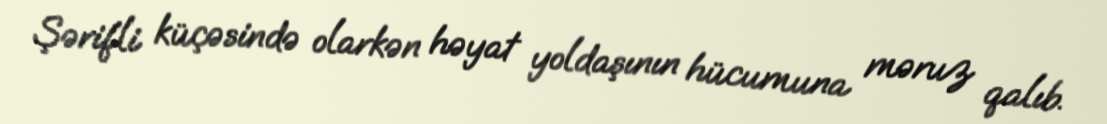
Şərifli küçəsində olarkən həyat yoldaşının hücumuna məruz qalıb.